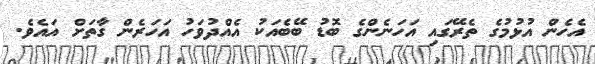
އެހެން އުޅުމުގެ ތެރޭގައި އަހަނެންގެ ބޮޑު ބޭބެއަކު އެއްދުވަހު އަހަރެން ގާތަށް އައެވެ.